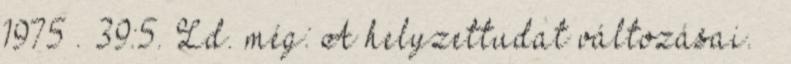
1975 . 39:5. Ld. még: A helyzettudat változásai. –